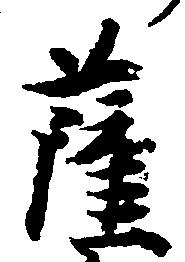
薩